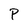
Character: P